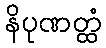
နိပုဏတ္ထံ